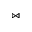
\Join